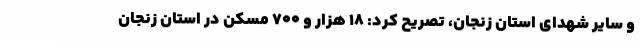
و سایر شهدای استان زنجان، تصریح کرد: 18 هزار و 700 مسکن در استان زنجان